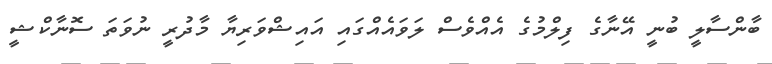
ބާންސާލީ ބުނީ އޭނާގެ ފިލްމުގެ އެއްވެސް ލަވައެއްގައި އައިޝްވަރިޔާ މާދުރީ ނުވަތަ ސޮނާކްޝީ